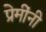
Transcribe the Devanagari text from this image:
प्रेमींनी